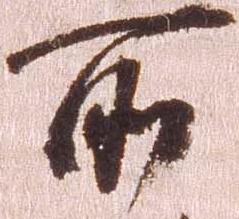
所